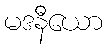
မဒနီယော